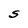
Character: S